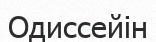
Одиссейін